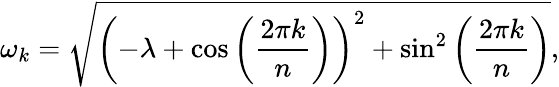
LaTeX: \omega_{k}=\sqrt{\left(-\lambda+\cos{\left(\frac{2\pi k}{n}\right)}\right)^{2}+\sin^{2}{\left(\frac{2\pi k}{n}\right)}},